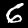
Digit: 6